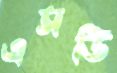
এসডি